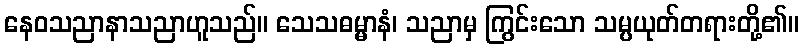
နေဝသညာနာသညာဟူသည်။ သေသဓမ္မာနံ၊ သညာမှ ကြွင်းသော သမ္ပယုတ်တရားတို့၏။